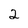
Character: 2